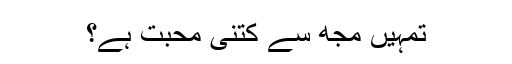
تمہیں مجھ سے کتنی محبت ہے؟